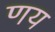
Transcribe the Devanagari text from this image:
णय